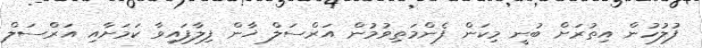
ފުލުހުން އިތުރަށް ބުނީ މިކަން ފެންމަތިވުމުން އަރްސަލް ޚާން ފިލާފައިވާ ކަމަށާއި އަރްސަލް